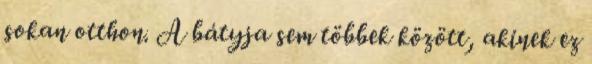
sokan otthon. A bátyja sem többek között, akinek ez